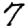
Digit: 7